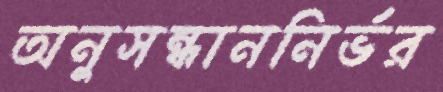
অনুসন্ধাননির্ভর